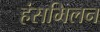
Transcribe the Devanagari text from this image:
हंसमिलन